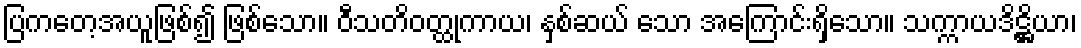
ပြကတေ့အယူဖြစ်၍ ဖြစ်သော။ ဝီသတိဝတ္ထုကာယ၊ နှစ်ဆယ် သော အကြောင်းရှိသော။ သက္ကာယဒိဋ္ဌိယာ၊